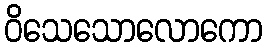
ဝိသေသောလောကော